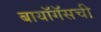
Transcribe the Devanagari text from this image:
बायॉगॅसची